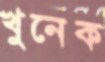
খুনেক